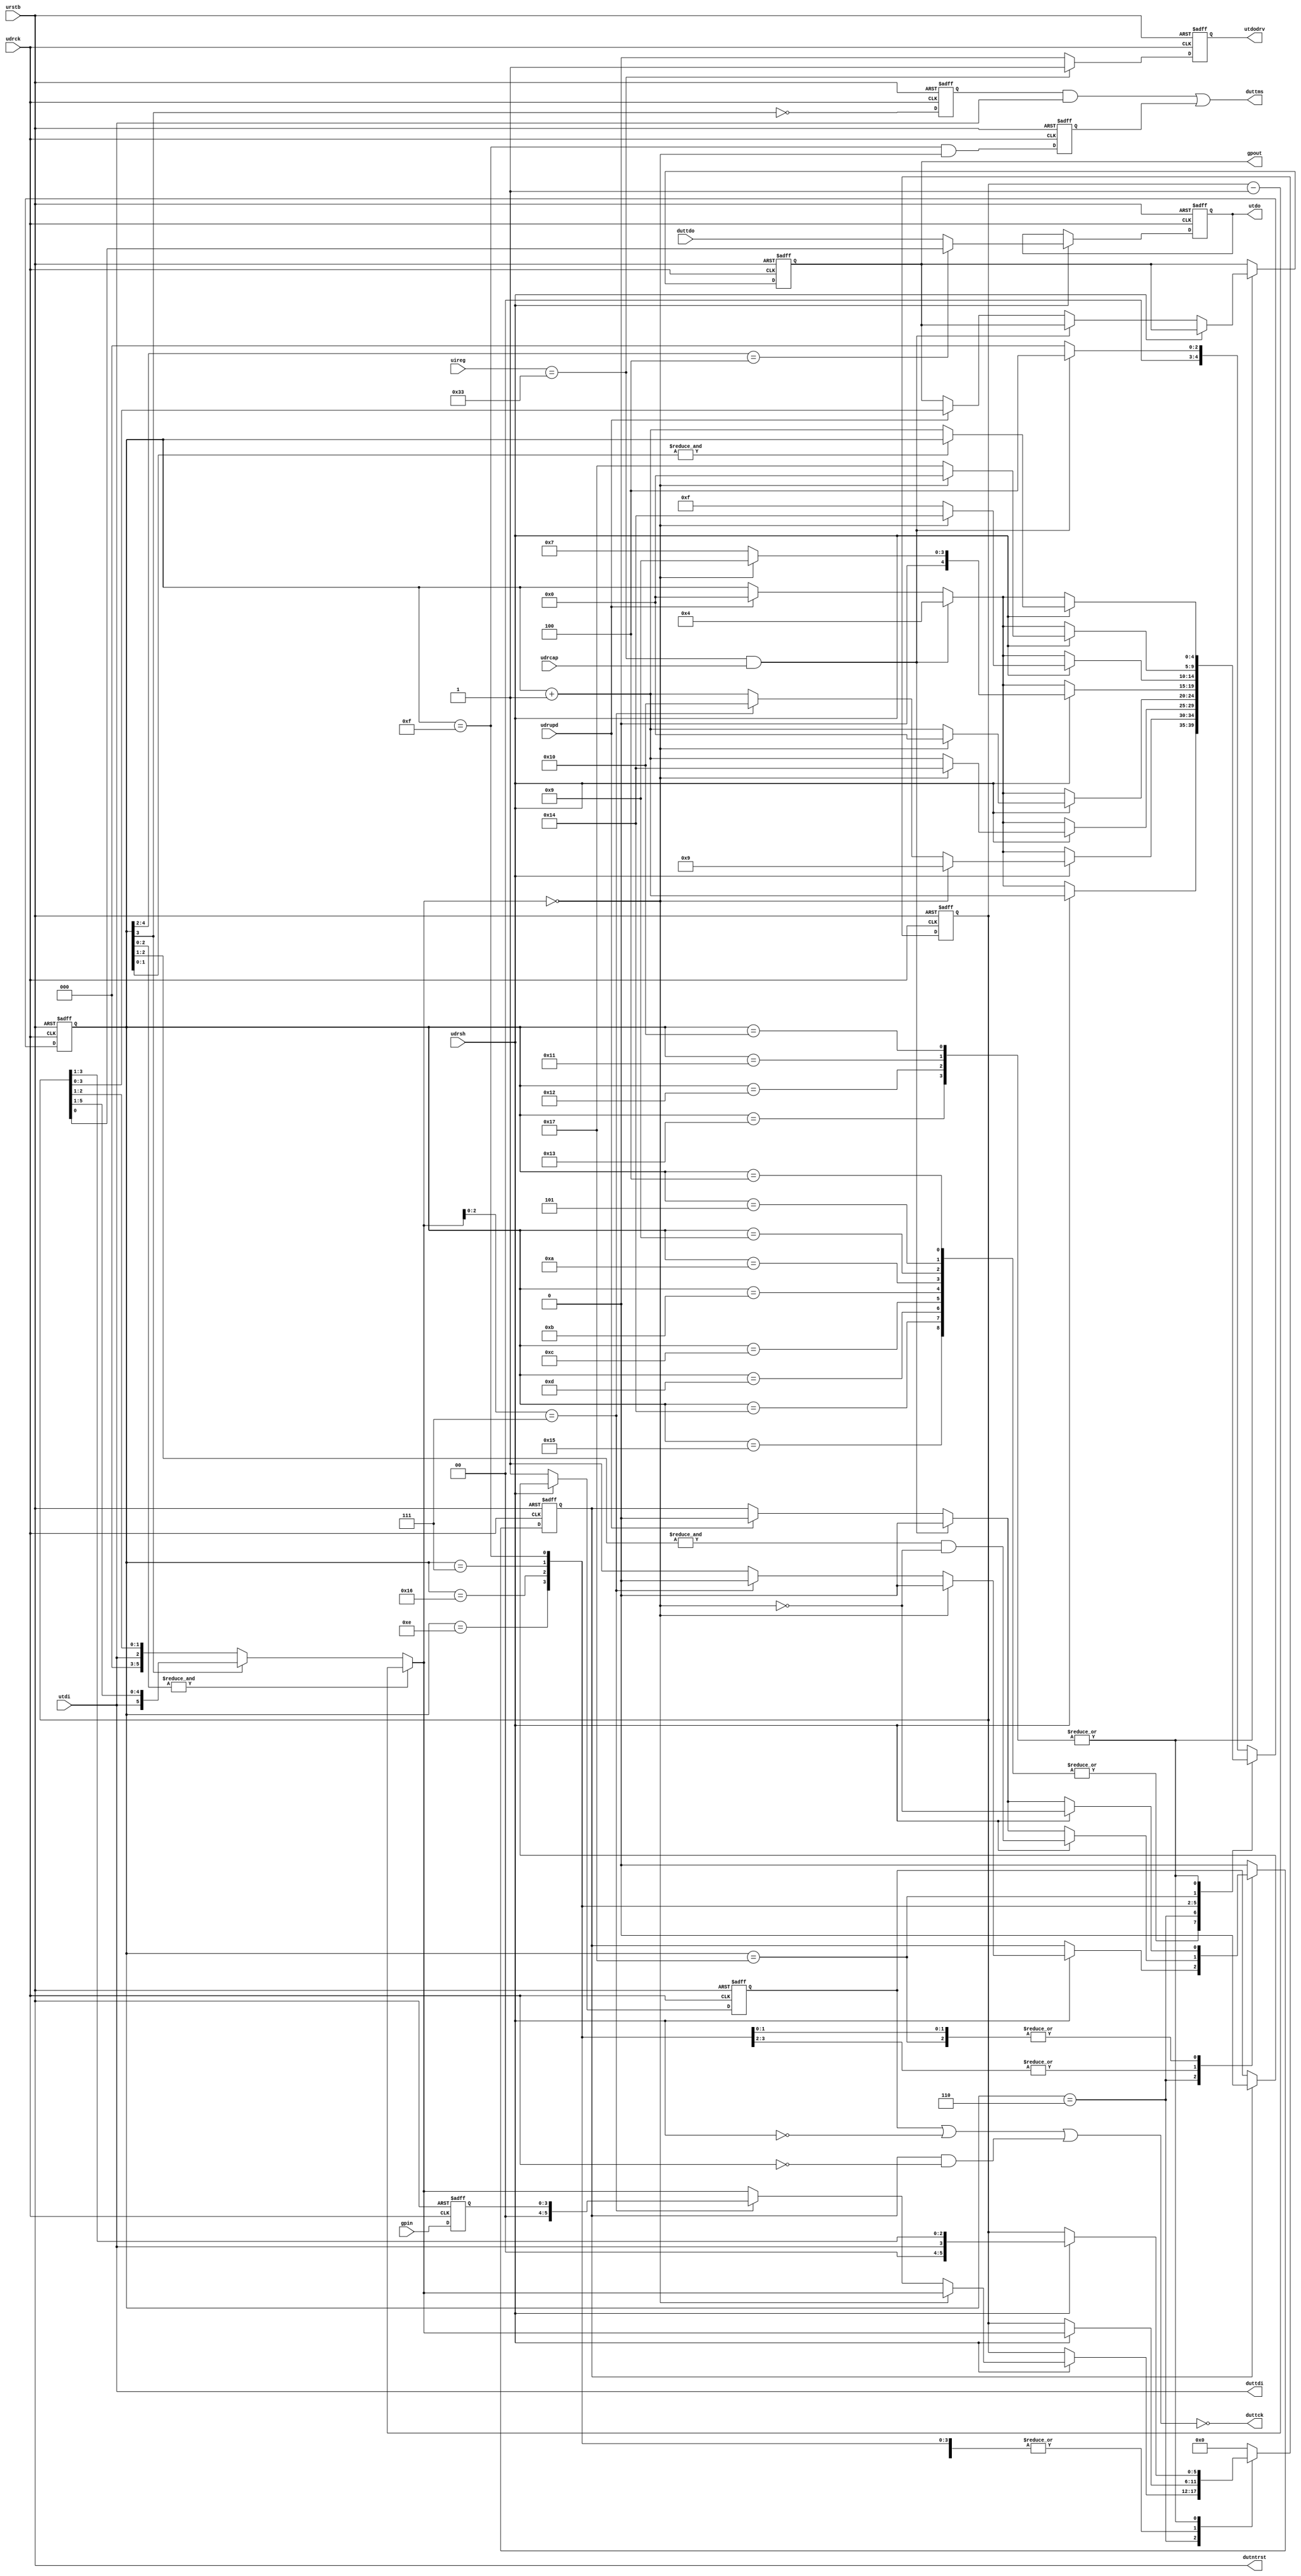
//----------------------------------------------------------------------------
//
// Copyright (C) 1999-2005 First Silicon Solutions, Inc.  All rights reserved.
//
// This source file is unpublished, proprietary information of First Silicon
// Solutions, Inc.
//
// It may be used per limitations as defined under applicable non-dislosure
// agreements and provided that this copyright statement is not removed
// from the file.  The code contained herein is not to be distributed,
// in whole or in part, without prior written permission from First Silicon
// Solutions, Inc.  First Silicon Solutions distributes this source file
// "as is" and does not guarantee applicability to any given application.
// Please send all questions and comments (including any and all discovered
// errors) on this source file to support@fs2.com.
//
// Module:
//   uj_jtag:   Conversion from UJTAG to JTAG within Actel APA / PA3 devices.
//
// $Log: uj_jtag.v,v $
// Revision 1.2  2005/12/21 22:19:01  ernie
// - Added gpin and gpout general-purpose I/O.  These are addressable through
// UJTAG to control on-chip resources such as reset or test modes.
// - Adjustments to support going into pause states in the middle of shifts.
//
// Revision 1.1  2005/08/31 16:33:32  ernie
// Initial revision
//
// $Id: uj_jtag.v 1 2007-09-24 16:19:02Z ciaran.murphy $
//
//----------------------------------------------------------------------------

                         //-------------------//
                         //                   //
                         //   INLCUDE FILES   //
                         //                   //
                         //-------------------//

                         //-------------------//
                         //                   //
                         // MODULE DEFINITION //
                         //                   //
                         //-------------------//

`timescale 1ns/10ps

module uj_jtag (
   // UJTAG port (to I/O)
   uireg,
   urstb,
   udrupd,
   udrck,
   udrcap,
   udrsh,
   utdi,
   utdo,
   utdodrv,

   // JTAG port (to DUT)
   dutntrst,
   duttck,
   duttms,
   duttdi,
   duttdo,

   // gpio output port
   gpout,
   gpin
);

   // uj_jtag implementation options
parameter uj_jtag_ircode = 8'h33;    // Value to be loaded into chip's IR to
                                     // address this module

input   [7:0] uireg;    // Current contents of chip's IR register
input   urstb;          // JTAG reset (active low)
input   udrupd;         // JTAG TAP is in Update-DR state
input   udrck;          // shift clock
input   udrcap;         // JTAG TAP is in Capture-DR state
input   udrsh;          // JTAG TAP is in Shift-DR state
input   utdi;           // serial data from host
output  utdo;           // serial data to host
output  utdodrv;        // enable for tdo (asserted when this module is addressed)

output  dutntrst;       // JTAG reset
output  duttck;         // JTAG clock
output  duttms;         // JTAG mode select
output  duttdi;         // JTAG serial data to DUT
input   duttdo;         // JTAG serial data from DUT
output  [3:0] gpout;    // General-purpose addressable static outputs (e.g. reset, dmreq)
input   [3:0] gpin;     // General-purpose addressable static inputs

                         //-------------------//
                         //                   //
                         //THEORY OF OPERATION//
                         //                   //
                         //-------------------//
//
// UJTAG is the fabric side of the chip's built-in hard-logic JTAG TAP.  A
// range of IR codes are reserved for user logic.  The IR code of this module
// should be different from other modules that might be attached to UJTAG.
// When this module is addressed by loading its IR code, then this module
// will assert its utdodrv signal.  In a multi-core system, utdodrv and utdo
// from each module are combined such that the addressed module drives utdo
// into the actual UJTAG block.  Example three-core system:
//
//   assign utdo = (utdodrv0 & utdo0) | (utdodrv1 & utdo1) | (utdodrv2 & utdo2);
//
// A typical JTAG instrument has both an IR and DR, yet UTAG only gives access
// to a DR scan.  A prefix added to the beginning of each DR scan provides TAP
// state traversal information which is driven onto TMS prior to the shift.
// A UJTAG DR scan consists of 3 to 6 phases:
//
//    1. 3-bit length field
//    2. tms traversal of 0 to 6 clocks.  Typically ends in Shift.
//    3. 6-bit length field
//    4. tdi shift of 0 to 63 clocks, ending in the Exit1 state.
//    5. 3-bit length field
//    6. tms traversal of 0 to 7 clocks.  Typically ends in Idle.
//
// The prefix serves to traverse the TAP state machine to the Shift-IR or
// Shift-DR state prior to the shift.  Following the shift, the suffix
// traversal can be used to move the TAP from Exit1 to Pause, Idle, Update,
// or any other state.
//
// Example:  Starting in Idle, traverse to Shift-IR, scan 8 bits, then to Idle.
//    IR <- uj_jtag_ircode to address this module
//    DR <- {2'b01,   The exit sequence (1, 0) Exit1-IR -> Update-IR -> Idle
//           3'd2,    indicate 2 bits of exit sequence
//           8'b55,   The value you want to scan into IR
//           6'd8,    indicate 8 bits of shift
//           4'b0011, The enter sequence (1, 1, 0, 0) Idle->Shift-IR
//           3'd4}    (first) indicate 4 bits of enter sequence
//
// duttck is a gated version of udrck and must be routed using low-skew resources.
// udrck is used in this module only but skew must still be addressed.
//
// If phase 1 of a UJTAG DR scan is 1,1,1, this is a special case that is
// handled differently.  This indicates a write to the gpout register and
// read of gpin.  In this case, the phases are:
//     1. 1,1,1
//     2. 0,A,B,C,D
// where DCBA is the binary value to write to the gpout[3:0] output register.
// TDO carries the gpin register in the last 4 bits of the shift.
//

                         //-------------------//
                         //                   //
                         //  LOCAL VARIABLES  //
                         //                   //
                         //-------------------//

reg [4:0] state;         // track progress through DR scan phases
reg [5:0] count;         // bit counter for enter, shift, and exit
wire [5:0] countnext;    // combinational computation of next count state
wire countnextzero;      // combinational computation of next count state
reg tckgo;               // TCK gating signal
wire duttdi;             // TDI output to DUT
wire duttms;             // TMS output to DUT
reg utdo;                // Registered output to send to UJTAG
reg utdodrv;             // Registered decoder output for utdo
reg endofshift;          // Internal detection of end of shift, latched on falling edge
reg pauselow;            // Gate to force duttck low when exiting shift to pause
reg tmsenb;              // Timing for TMS to change on falling edge
reg [3:0] gpout;         // GP output register
reg [3:0] gpinr;         // Synchronize on input

`define STATE_WAITING  5'b00000

`define STATE_ENTERC0  5'b00100
`define STATE_ENTERC1  5'b00101
`define STATE_ENTERC2  5'b00110
`define STATE_ENTER    5'b00111

`define STATE_SHIFTC0  5'b01001
`define STATE_SHIFTC1  5'b01010
`define STATE_SHIFTC2  5'b01011
`define STATE_SHIFTC3  5'b01100
`define STATE_SHIFTC4  5'b01101
`define STATE_SHIFTC5  5'b01110
`define STATE_SHIFT    5'b01111

`define STATE_EXITC0   5'b10100
`define STATE_EXITC1   5'b10101
`define STATE_EXITC2   5'b10110
`define STATE_EXIT     5'b10111

`define STATE_GPIO0    5'b10000
`define STATE_GPIO1    5'b10001
`define STATE_GPIO2    5'b10010
`define STATE_GPIO3    5'b10011

                         //-------------------//
                         //                   //
                         //  EXECUTABLE CODE  //
                         //                   //
                         //-------------------//

assign countnext =
     (&state[2:0]) ? (count - 6'b000001)     // run mode (state == xx111)
   : state[3]      ? {utdi, count[5:1]}      // shift load mode
   :            {3'b000, utdi, count[2:1]};  // enter/exit load mode

assign countnextzero = (countnext == 6'b000000);

assign duttms = (tmsenb & utdi)    // enter/exit
              | (endofshift);         // shift -> exit1
assign duttdi =  utdi;

always @(posedge udrck or negedge urstb) begin
   if (~urstb) begin
      tckgo <= 1'b0;
      state <= `STATE_WAITING;
      count <= 6'b000000;
      gpout <= 4'b0000;
      gpinr <= 4'b0000;
   end else begin
      gpinr <= gpin;
      case (state)
          `STATE_WAITING:
             begin
                tckgo <= 1'b0;
                count <= 6'b000000;
                if ((uireg == uj_jtag_ircode) && udrcap) state <= `STATE_ENTERC0;
                else state <= `STATE_WAITING;
             end
          `STATE_ENTERC0,
          `STATE_ENTERC1,
          `STATE_SHIFTC0,
          `STATE_SHIFTC1,
          `STATE_SHIFTC2,
          `STATE_SHIFTC3,
          `STATE_SHIFTC4,
          `STATE_EXITC0,
          `STATE_EXITC1:
             begin
                tckgo <= 1'b0;
                if (udrsh) begin
                   count <= countnext;
                   state <= state + 5'b00001;
                end else if ((uireg == uj_jtag_ircode) && udrcap) begin
                   state <= `STATE_ENTERC0;         // new scan began somehow
                end else if (udrupd) begin
                   state <= `STATE_WAITING;         // premature exit
                end
             end
          `STATE_ENTERC2:
             begin
                if (udrsh) begin
                   if (countnextzero) begin
                      tckgo <= 1'b0;
                      count <= countnext;
                      state <= `STATE_SHIFTC0;  // enter count is zero
                   end else if (countnext[2:0] == 3'b111) begin     // GPIO exchange
                      tckgo <= 1'b0;
                      count <= {2'b00, gpinr[3:0]};
                      state <= `STATE_GPIO0;
                   end else begin
                      tckgo <= 1'b1;
                      count <= countnext;
                      state <= state + 5'b00001;              // do the enter sequence
                   end
                end else if ((uireg == uj_jtag_ircode) && udrcap) begin
                   state <= `STATE_ENTERC0;         // new scan began somehow
                end else if (udrupd) begin
                   state <= `STATE_WAITING;         // premature exit
                end
             end
          `STATE_SHIFTC5:
             begin
                if (udrsh) begin
                   tckgo <= &state[2:1] & ~countnextzero;
                   count <= countnext;
                   if (countnextzero) state <= `STATE_EXITC0;  // shift count is zero
                   else state <= state + 5'b00001;             // do the shift sequence
                end else if ((uireg == uj_jtag_ircode) && udrcap) begin
                   tckgo <= 1'b0;
                   state <= `STATE_ENTERC0;         // new scan began somehow
                end else if (udrupd) begin
                   tckgo <= 1'b0;
                   state <= `STATE_WAITING;         // premature exit
                end
             end
          `STATE_EXITC2:
             begin
                if (udrsh) begin
                   tckgo <= &state[2:1] & ~countnextzero;
                   count <= countnext;
                   if (countnextzero) state <= `STATE_WAITING;  // exit count is zero
                   else state <= state + 5'b00001;
                end else if ((uireg == uj_jtag_ircode) && udrcap) begin
                   tckgo <= 1'b0;
                   state <= `STATE_ENTERC0;         // new scan began somehow
                end else if (udrupd) begin
                   tckgo <= 1'b0;
                   state <= `STATE_WAITING;         // premature exit
                end
             end
          `STATE_ENTER:
             begin
                if (udrsh) begin
                   tckgo <= ~countnextzero;
                   count <= countnext;
                   if (countnextzero) state <= `STATE_SHIFTC0;    // done with traversal
                   else state <= `STATE_ENTER;                    // still traversing
                end else if ((uireg == uj_jtag_ircode) && udrcap) begin
                   tckgo <= 1'b0;
                   state <= `STATE_ENTERC0;         // new scan began somehow
                end else if (udrupd) begin
                   tckgo <= 1'b0;
                   state <= `STATE_WAITING;  // premature exit
                end
             end
          `STATE_SHIFT:
             begin
                if (udrsh) begin
                   tckgo <= ~countnextzero;
                   count <= countnext;
                   if (countnextzero) state <= `STATE_EXITC0;    // done with shift
                   else state <= `STATE_SHIFT;                  // still shifting
                end else if ((uireg == uj_jtag_ircode) && udrcap) begin
                   tckgo <= 1'b0;
                   state <= `STATE_ENTERC0;         // new scan began somehow
                end else if (udrupd) begin
                   tckgo <= 1'b0;
                   state <= `STATE_WAITING;         // premature exit
                end
             end
          `STATE_EXIT:
             begin
                if (udrsh) begin
                   tckgo <= ~countnextzero;
                   count <= countnext;
                   if (countnextzero) state <= `STATE_WAITING;    // done with shift
                   else state <= `STATE_EXIT;                   // still shifting
                end else if ((uireg == uj_jtag_ircode) && udrcap) begin
                   tckgo <= 1'b0;
                   state <= `STATE_ENTERC0;         // new scan began somehow
                end else if (udrupd) begin
                   tckgo <= 1'b0;
                   state <= `STATE_WAITING;         // premature exit
                end
             end
          `STATE_GPIO0, `STATE_GPIO1, `STATE_GPIO2, `STATE_GPIO3:
             begin
                tckgo <= 1'b0;
                if (udrsh) begin
                   count[5:0] <= {2'b00, utdi, count[3:1]};
                   if (~&state[1:0]) state <= state + 5'b00001;  // hold in GPIO3
                end else if ((uireg == uj_jtag_ircode) && udrcap) begin
                   state <= `STATE_ENTERC0;         // new scan began somehow
                end else if (udrupd) begin
                   gpout <= count[3:0];             // write to gpio output
                   state <= `STATE_WAITING;         // done
                end
             end
          default:
             begin
                tckgo <= 1'b0;
                count <= 6'b000000;
                if ((uireg == uj_jtag_ircode) && udrcap) begin
                   state <= `STATE_ENTERC0;         // new scan began somehow
                end else begin
                   state <= `STATE_WAITING;
                end
             end
      endcase
   end
end


//
// Falling edge needed to drive TMS to DUT correctly
//
always @(negedge udrck or negedge urstb) begin
   if (~urstb) begin
      endofshift <= 1'b0;
      tmsenb <= 1'b0;
   end else begin
      tmsenb <= ~state[3];
      endofshift <= (state == `STATE_SHIFT) && countnextzero;
   end
end


//
// Tck gating logic
//
// Allow tck to go low with udrck when tckgo.
// Negative logic here avoids glitches on rising edges of udrck as tckgo changes.
//
always @(posedge udrck or negedge urstb) begin
   if (~urstb) begin
      pauselow <= 1'b0;
   end else begin
      if (~udrsh) pauselow <= 1'b1;
      else if (tckgo) pauselow <= 1'b0;
   end
end

assign duttck = ~(pauselow | ~udrsh | (tckgo & ~udrck));
assign dutntrst = urstb;


//
// TDO logic
//
// TDO comes from DUT on falling edge.  Latch here on rising edge and
// supply to UJTAG.  UJTAG then delays until the next falling edge.
// Host app must take this one-clock delay into account and supply
// at least one exit clock after the shift in order to finish the scan.
//
always @(posedge udrck or negedge urstb) begin
   if (~urstb) begin
      utdo <= 1'b0;
      utdodrv <= 1'b0;
   end else begin
      if (udrsh)
         utdo <= (state[4:2] == 3'b100) ? count[0]   // Read of gpin
                                       : duttdo;    // DUT JTAG exchange
      utdodrv <= (uireg == uj_jtag_ircode) ? 1'b1 : 1'b0;
   end
end

endmodule